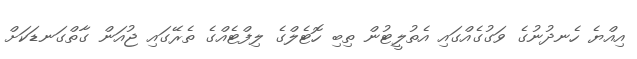
އިއްޔެ ހެނދުނުގެ ވަގުގެއްގައި އެތުލީޓުން ތިބި ހޮޓެލްގެ ލިފްޓެއްގެ ތެރޭގައި ޖުއަން ގާތްގަނޑަކަށް